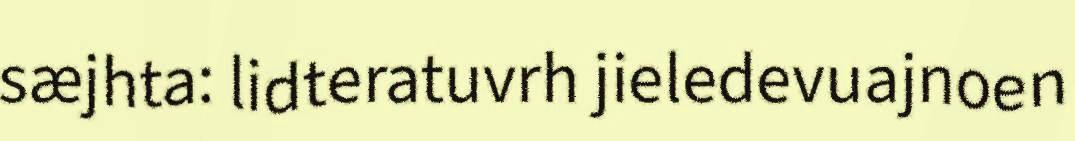
sæjhta: lidteratuvrh jieledevuajnoen